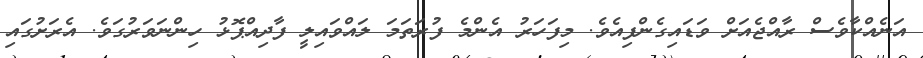
އަނެއްކާވެސް ރާއްޖެއަށް ވަޑައިގެންފިއެވެ. މިފަހަރު އެންމެ ފުރަތަމަ ލައްވައިލީ ފާދިއްޕޮޅު ހިންނަވަރުގަވެ. އެރަށުގައި